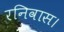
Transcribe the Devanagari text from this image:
रनिवास।